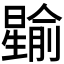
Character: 𪱎